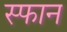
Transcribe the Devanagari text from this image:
स्फान